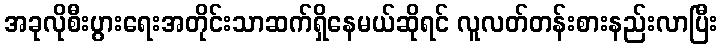
အခုလိုစီးပွားရေးအတိုင်းသာဆက်ရှိနေမယ်ဆိုရင် လူလတ်တန်းစားနည်းလာပြီး